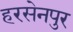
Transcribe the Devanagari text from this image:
हरसेनपुर